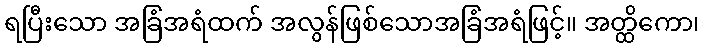
ရပြီးသော အခြံအရံထက် အလွန်ဖြစ်သောအခြံအရံဖြင့်။ အတ္ထိကော၊